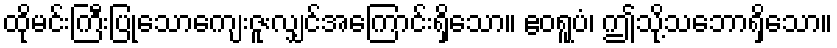
ထိုမင်းကြီးပြုသောကျေးဇူးလျှင်အကြောင်းရှိသော။ ဧဝရူပံ၊ ဤသို့သဘောရှိသော။